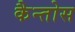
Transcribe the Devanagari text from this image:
कैन्तोस